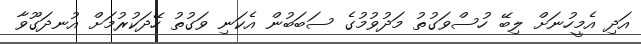
އަދި އެމީހުނަށް ލިބޭ ހުސްވަގުތު މަދުވުމުގެ ސަބަބުން އެކަނި ވަގުތު ހޭދަކުުރުމަށް އުނދަގޫވާ